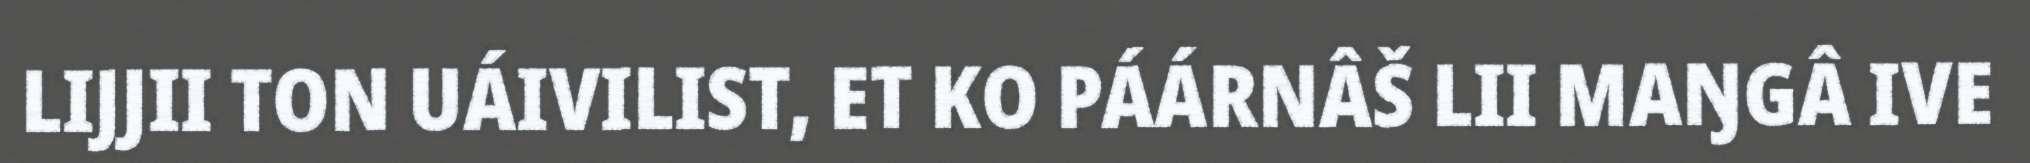
LIJJII TON UÁIVILIST, ET KO PÁÁRNÂŠ LII MAŊGÂ IVE